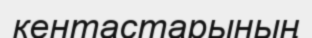
кентастарының